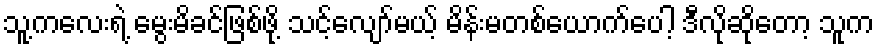
သူ့ကလေးရဲ့ မွေးမိခင်ဖြစ်ဖို့ သင့်လျော်မယ့် မိန်းမတစ်ယောက်ပေါ့ ဒီလိုဆိုတော့ သူက